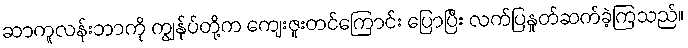
ဆာကူလန်းဘာကို ကျွန်ုပ်တို့က ကျေးဇူးတင်ကြောင်း ပြောပြီး လက်ပြနှုတ်ဆက်ခဲ့ကြသည်။